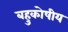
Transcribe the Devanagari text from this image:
बहुकोषीय